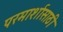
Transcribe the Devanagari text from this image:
परमार्शासाठी